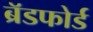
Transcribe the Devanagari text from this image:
ब्रॅडफोर्ड